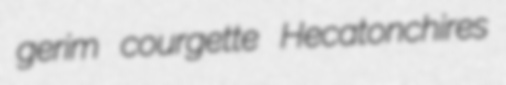
gerim courgette Hecatonchires